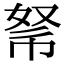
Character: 𢃂